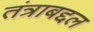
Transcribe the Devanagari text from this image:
तंत्राबद्दल